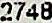
2748